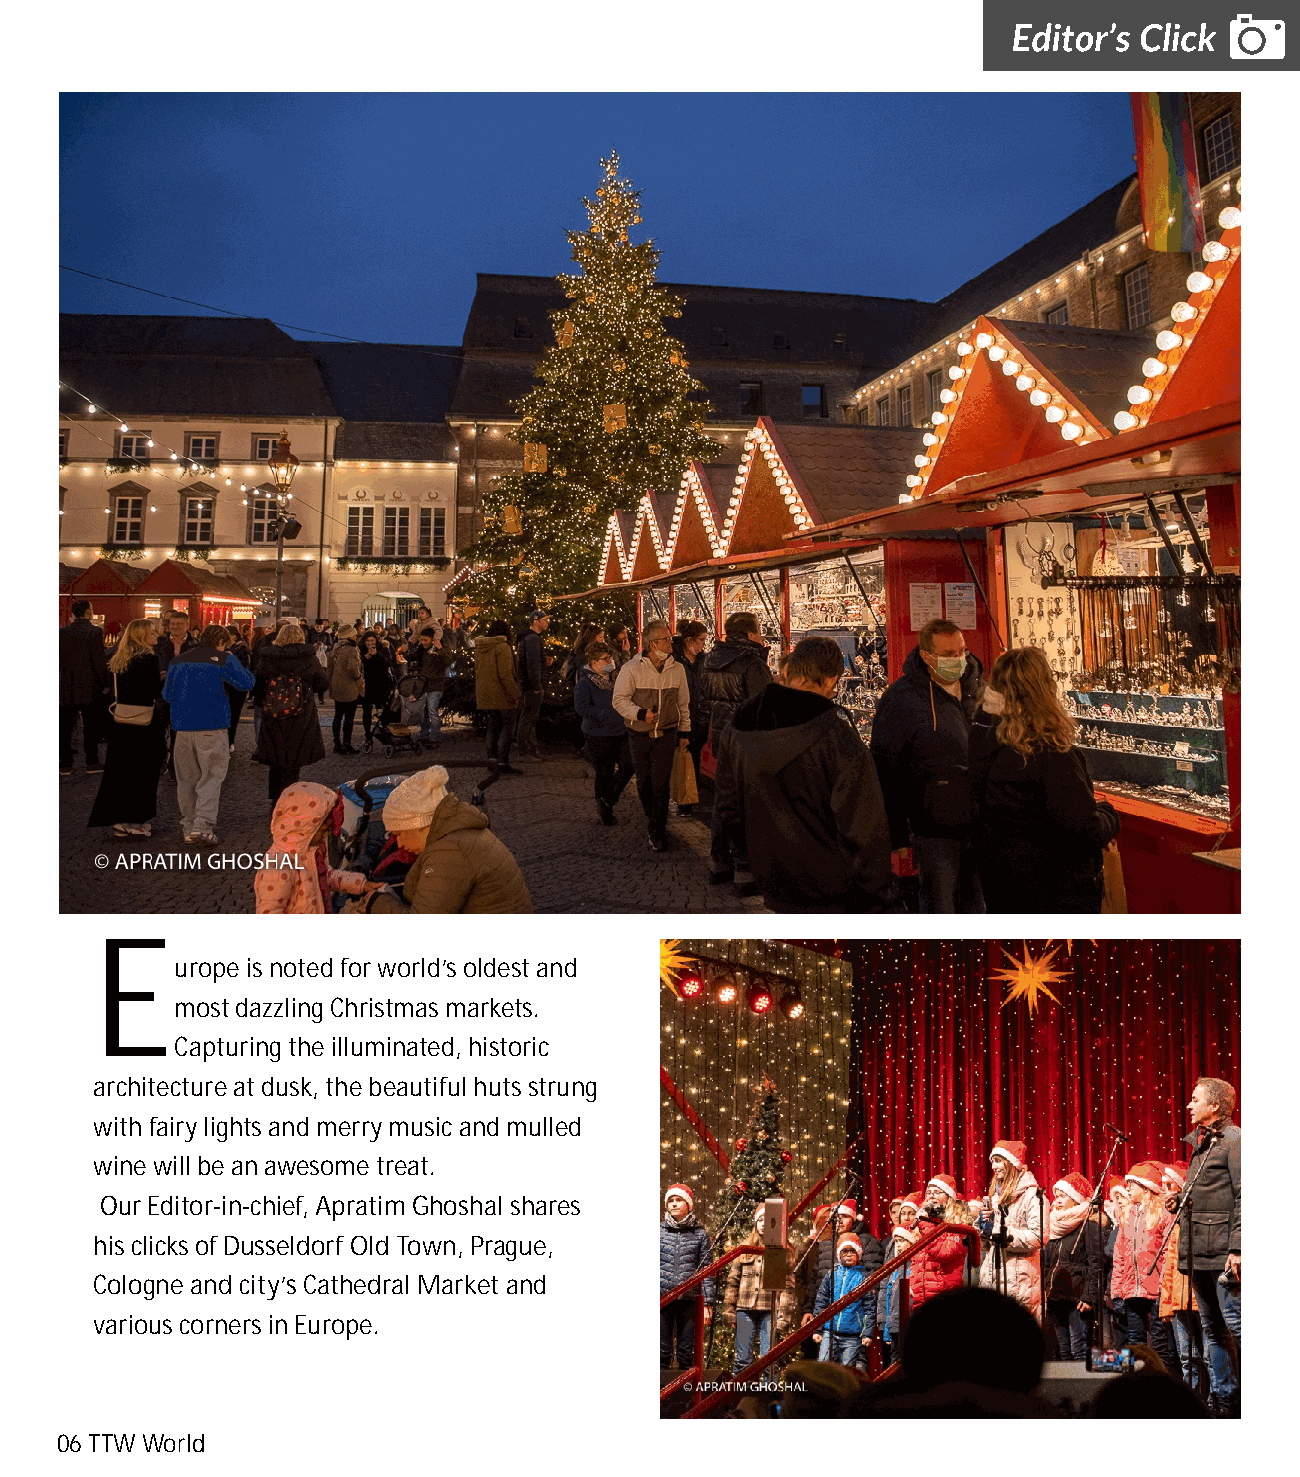
E
 urope is noted for world’s oldest and
 most dazzling Christmas markets.
 Capturing the illuminated, historic
 architecture at dusk, the beautiful huts strung
 with fairy lights and merry music and mulled
 wine will be an awesome treat.
 Our Editor-in-chief, Apratim Ghoshal shares
 his clicks of Dusseldorf Old Town, Prague,
 Cologne and city’s Cathedral Market and
 various corners in Europe.
 06 TTW World